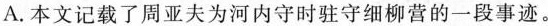
A.本文记载了周亚夫为河内守时驻守细柳营的一段事迹。